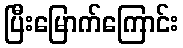
ပြီးမြောက်ကြောင်း